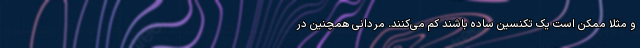
و مثلا ممکن است یک تکنسین ساده باشند کم می‌کنند. مردانی همچنین در